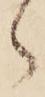
ゝ